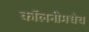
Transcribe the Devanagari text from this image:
कॉलनीमधेच